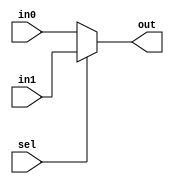
module Mux2_1( in0,in1,sel,out);
input in0,in1;
input sel;
output out;
assign out=(sel)?in1:in0;
endmodule